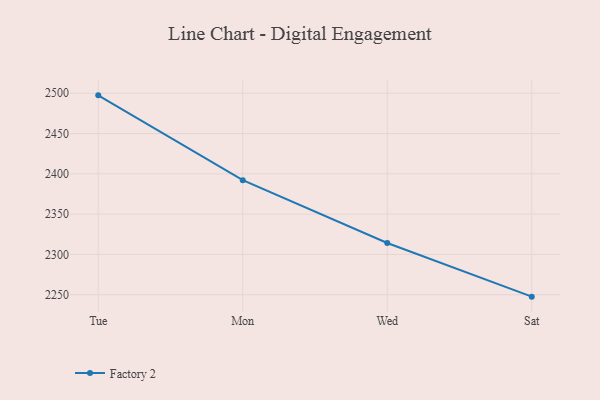
{"axis": {"x": "Day", "y": "Revenue (USD Million)"}, "legend": ["Factory 2"], "data": [{"x": "Tue", "y": 2497.4, "type": "Factory 2"}, {"x": "Mon", "y": 2392.1, "type": "Factory 2"}, {"x": "Wed", "y": 2314.2, "type": "Factory 2"}, {"x": "Sat", "y": 2247.6, "type": "Factory 2"}]}